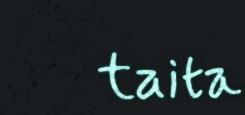
taita